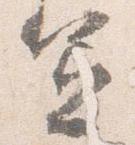
憲